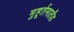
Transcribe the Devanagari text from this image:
मुहूर्तमार्तंड